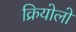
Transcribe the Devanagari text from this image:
क्रियोलो